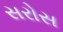
સરોસ